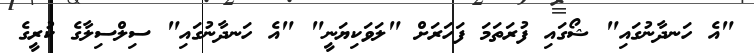
"އެ ހަނދާނުގައި" ޝޯގައި ފުރަތަމަ ފަހަރަށް "ލަވަކިޔަނީ" "އެ ހަނދާނުގައި" ސިލްސިލާގެ ކުރީގެ